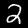
Label: 2